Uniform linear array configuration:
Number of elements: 8
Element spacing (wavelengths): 0.75
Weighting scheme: binomial
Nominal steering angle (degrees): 60
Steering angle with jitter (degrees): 58.046
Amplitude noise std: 0.05
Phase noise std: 0.05

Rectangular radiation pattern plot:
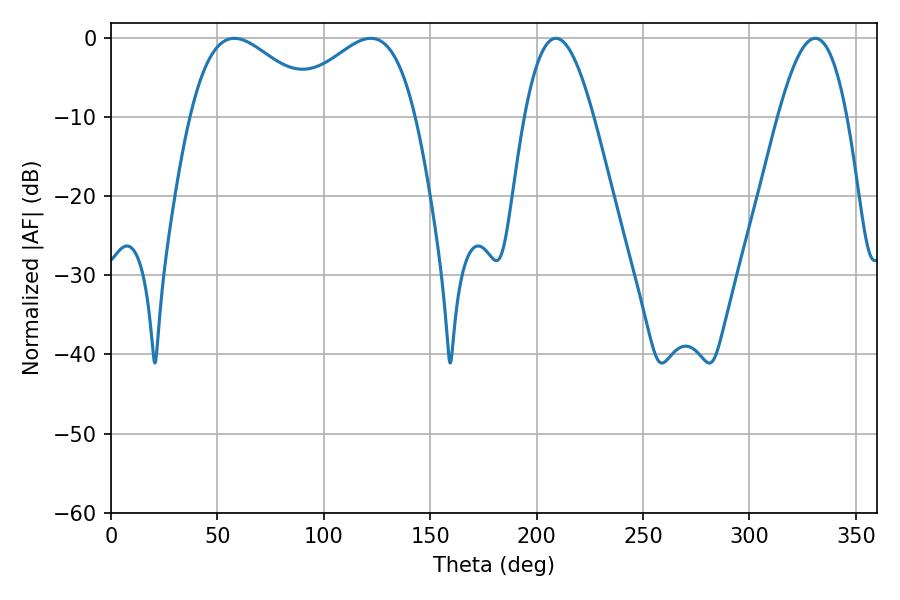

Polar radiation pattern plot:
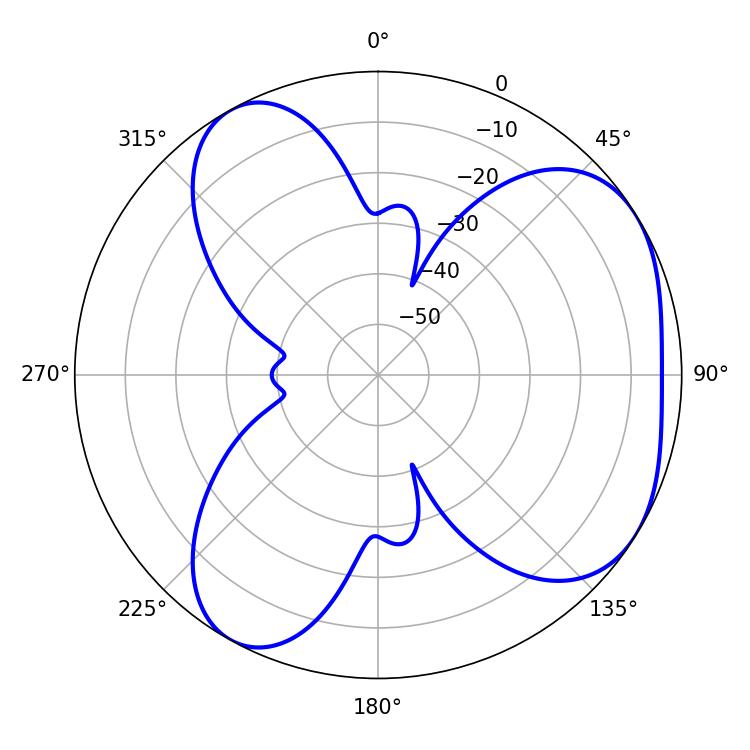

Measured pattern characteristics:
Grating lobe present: TRUE
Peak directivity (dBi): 4.578
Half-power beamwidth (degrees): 33.3
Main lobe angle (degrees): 57.96